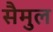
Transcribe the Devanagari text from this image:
सैमुल